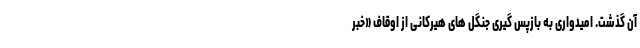
آن گذشت. امیدواری به بازپس ‌گیری جنگل ‌های هیرکانی از اوقاف «خبر